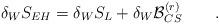
LaTeX: \begin{align*}\delta_W S_{EH}=\delta_W S_L + \delta_W {\cal B}_{CS}^{(r)} \qquad .\end{align*}